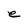
Character: e